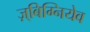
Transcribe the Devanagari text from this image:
ज़्बिग्नियेव